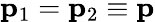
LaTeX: \mathbf{p}_{1}=\mathbf{p}_{2}\equiv\mathbf{p}